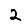
Digit: 2